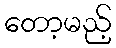
တော့မည့်